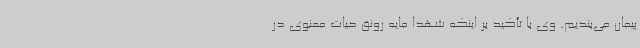
پیمان می‌بندیم. وی با تأکید بر اینکه شهدا مایه رونق حیات معنوی در